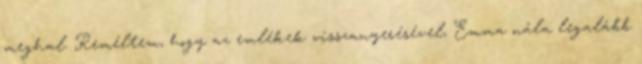
meghal. Reméltem, hogy az emlékek visszanyerésével, Emma nála legalább